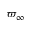
\varpi _ { \infty }